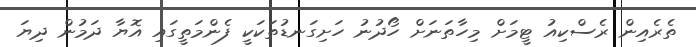
ތެރެއިން ރެސްކިއު ޓީމަށް މިހާތަނަށް ހޯދުނު ހަށިގަނޑުތަކަކީ ފެންމަތީގައި އޮޔާ ދަމުން ދިޔަ